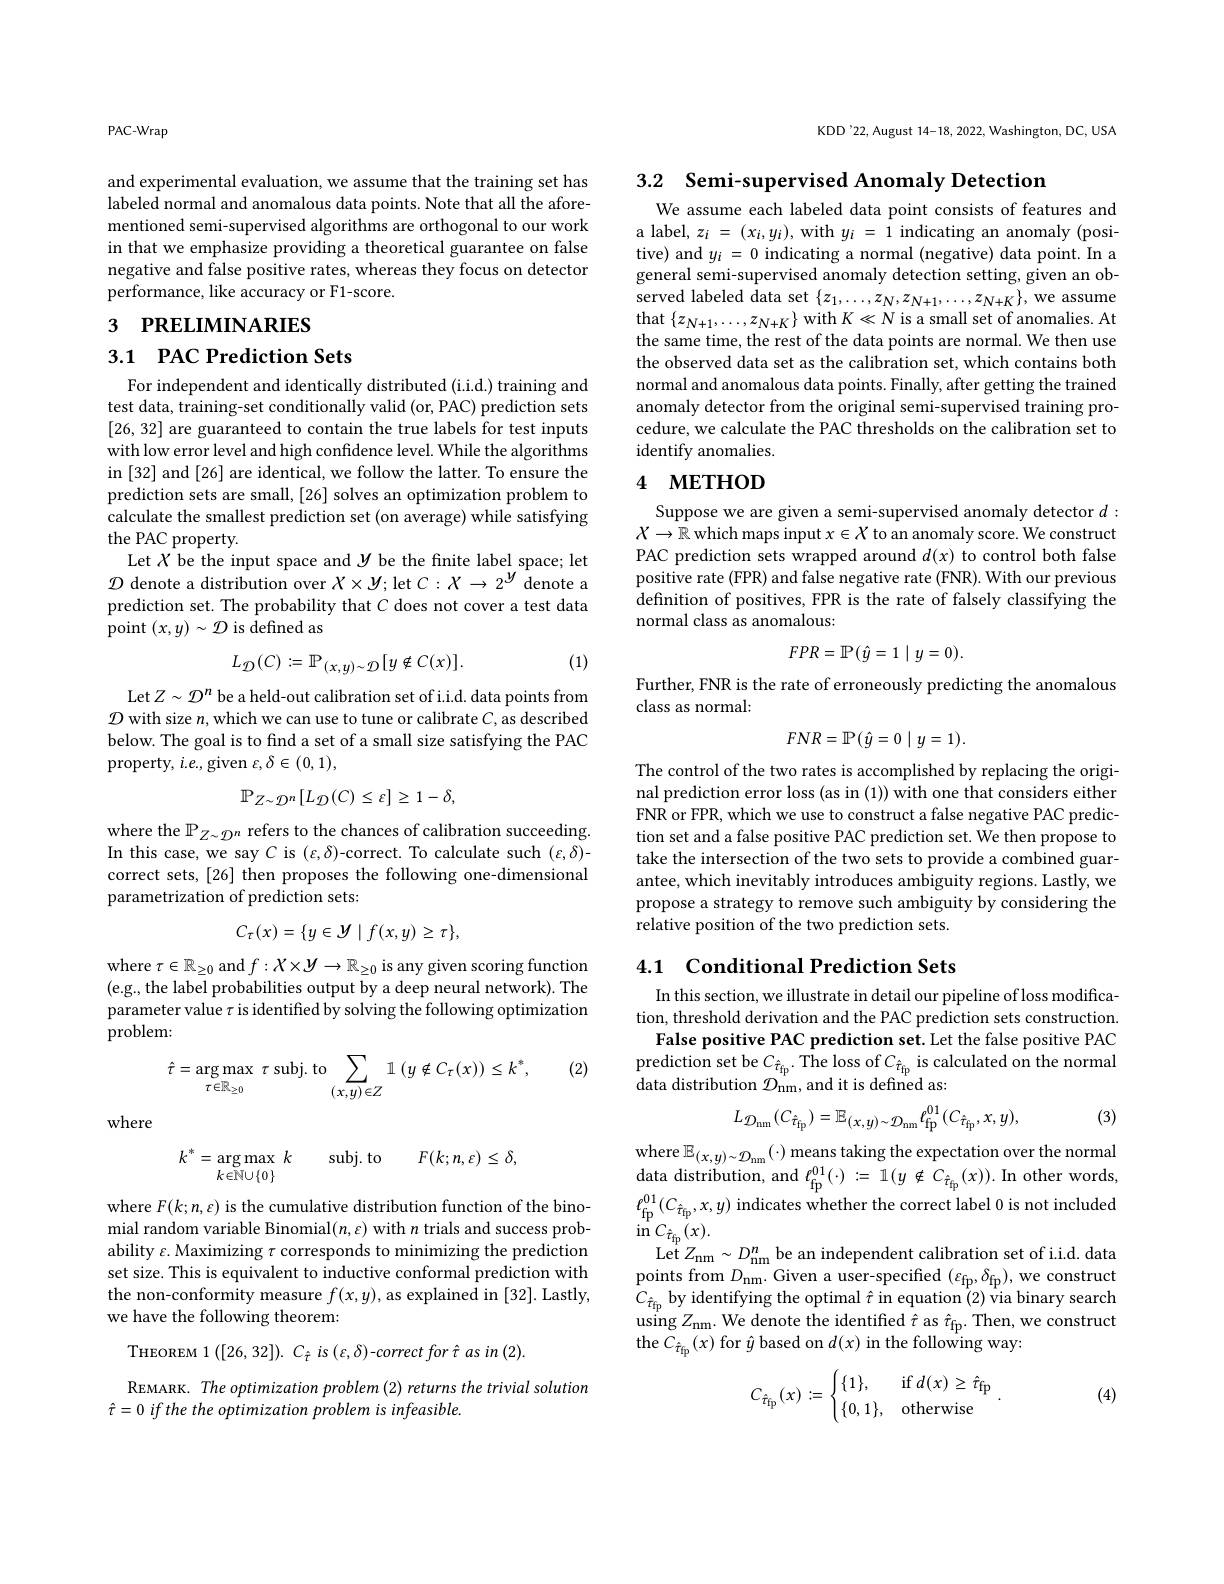
PAC-Wrap

and experimental evaluation, we assume that the training set has labeled normal and anomalous data points. Note that all the aforementioned semi-supervised algorithms are orthogonal to our work in that we emphasize providing a theoretical guarantee on false negative and false positive rates, whereas they focus on detector performance, like accuracy or F1-score.

# 3 PRELIMINARIES

3.1 PAC Prediction Sets

For independent and identically distributed (i.i.d.) training and test data, training-set conditionally valid (or, PAC) prediction sets [26,32] are guaranteed to contain the true labels for test inputs with low error level and high confidence level. While the algorithms in [32] and [26] are identical, we follow the latter. To ensure the prediction sets are small, [26] solves an optimization problem to calculate the smallest prediction set (on average) while satisfying the PAC property.
Let $X$ be the input space and $y$ be the fnite label space; let $\mathcal{D}$ denote a distribution over $X\times Y;$let $C:X\to2^y$ denote a prediction set. The probability that $C$ does not cover a test data point $(x,y)\sim\mathcal{D}$ is defined as

(1)
$$L_{\mathcal{D}}(C):=\mathbb{P}_{(x,y)\sim\mathcal{D}}[y\notin C(x)].$$
Let$Z\sim\mathcal{D}^n$ be a held-out calibration set of i.i.d. data points from $\mathcal{D}$ with size $n$,which we can use to tune or calibrate $C$,as described below. The goal is to find a set of a small size satisfying the PAC property, $i.e.$,given $\varepsilon,\delta\in(0,1)$,
$$\mathbb{P}_{Z\sim\mathcal{D}^{n}}[L_{\mathcal{D}}(C)\leq\varepsilon]\geq1-\delta,$$
where the $\mathbb{P}_{Z\sim\mathcal{D}^{n}}$ refers to the chances of calibration succeeding. In this case, we say C is ($\varepsilon,\delta)$-correct. To calculate such ($\varepsilon,\delta)$- correct sets, [26] then proposes the following one-dimensional parametrization of prediction sets:
$$C_{\tau}(x)=\{y\in\mathcal{Y}\mid f(x,y)\geq\tau\},$$
where $\tau\in\mathbb{R}_{\geq0}$ and $f:X\times\mathcal{Y}\to\mathbb{R}_{\geq0}$ is any given scoring function (e.g., the label probabilities output by a deep neural network). The parameter value $\tau$ is identified by solving the following optimization problem:

(2)
$$\hat{\tau}=\arg\max_{\tau\in\mathbb{R}_{\geq0}}\:\tau\:\mathrm{subj.to}\sum_{(x,y)\in Z}\mathbb{1}\:(y\not\in C_{\tau}(x))\leq k^{*},$$
where
$$k^{*}=\arg\max_{k\in\mathbb{N}\cup\{0\}}k\quad\mathrm{subj.to}\quad F(k;n,\varepsilon)\leq\delta,$$
where $F(k;n,\varepsilon)$ is the cumulative distribution function of the binomial random variable Binomial$(n,\varepsilon)$ with $n$ trials and success probability $\varepsilon$ Maximizing $\tau$ corresponds to minimizing the prediction set size. This is equivalent to inductive conformal prediction with the non-conformity measure $f(x,y)$, as explained in [32]. Lastly, we have the following theorem:

THEOREM 1 $( [ 26, 32] ) . C_{\hat{\tau } }is$ $( \varepsilon , \delta )$-correct for $\hat{\tau }$ $as$ $in$ (2).

REMARK. The optimization problem (2) returns the trivial solution
$\hat{\tau } = 0\textit{ if the the optimization problem is infeasible. }$

KDD'22, August 14-18, 2022, Washington, DC, USA

3.2 Semi-supervised Anomaly Detection

We assume each labeled data point consists of features and a label, $z_i=(x_i,y_i)$, with $y_i=1$ indicating an anomaly (positive) and $y_i=0$ indicating a normal (negative) data point. In a general semi-supervised anomaly detection setting, given an observed labeled data set $\{z_1,\ldots,z_N,z_{N+1},\ldots,z_{N+K}\}$, we assume that $\{z_{N+1},\ldots,z_{N+K}\}$ with $K\ll N$ is a small set of anomalies. At the same time, the rest of the data points are normal. We then use the observed data set as the calibration set, which contains both normal and anomalous data points. Finally, after getting the trained anomaly detector from the original semi-supervised training procedure, we calculate the PAC thresholds on the calibration set to identify anomalies.

# 4 МЕТНОД

Suppose we are given a semi-supervised anomaly detector $d:$ $X\to\mathbb{R}$ which maps input $x\in X$ to an anomaly score. We construct PAC prediction sets wrapped around $d(x)$ to control both false positive rate (FPR) and false negative rate (FNR). With our previous definition of positives, FPR is the rate of falsely classifying the normal class as anomalous:
$$FPR=\mathbb{P}(\hat{y}=1\mid y=0).$$
Further, FNR is the rate of erroneously predicting the anomalous
class as normal:
$$FNR=\mathbb{P}(\hat{y}=0\mid y=1).$$
The control of the two rates is accomplished by replacing the original prediction error loss (as in (1)) with one that considers either FNR or FPR, which we use to construct a false negative PAC prediction set and a false positive PAC prediction set. We then propose to take the intersection of the two sets to provide a combined guarantee, which inevitably introduces ambiguity regions. Lastly, we propose a strategy to remove such ambiguity by considering the relative position of the two prediction sets.

## 4.1 Conditional Prediction Sets

In this section, we illustrate in detail our pipeline of loss modification, threshold derivation and the PAC prediction sets construction.
False positive PAC prediction set. Let the false positive PAC prediction set be $C_{\hat{\tau}_{\mathrm{fp}}}.$ The loss of $C_{\hat{\tau}_\mathrm{fp}}$ is calculated on the normal data distribution $\mathcal{D}_\mathrm{nm}^{\mathrm{r}}$,and it is defined as:

(3)
$$L_{\mathcal D_{\mathrm{nm}}}(C_{\hat{\tau}_{\mathrm{fp}}})=\mathbb{E}_{(x,y)\sim\mathcal D_{\mathrm{nm}}}\ell_{\mathrm{fp}}^{01}(C_{\hat{\tau}_{\mathrm{fp}}},x,y),$$
where $\mathbb{E}_{(x,y)\sim\mathcal{D}_{\mathrm{nm}}}(\cdot)$ means taking the expectation over the normal $\operatorname*{data}\mathop{\mathrm{distribution,~and~}}\ell_{\mathrm{fp}}^{01}(\cdot):=1(y\notin C_{{\hat{\tau}}_{\mathrm{fp}}}(x)).$In other words, $\ell_{\mathrm{fp}}^{01}(C_{\hat{\tau}_{\mathrm{fp}}},x,y)$ indicates whether the correct label 0 is not included $\stackrel{\mathrm{in}}{C_{\hat{\tau}_{\mathrm{fp}}}(x).}$
$\operatorname*{Let}Z_{\mathrm{nm}}\sim D_{\mathrm{nm}}^{n}$be an independent calibration set of i.i.d. data points from $D_\mathrm{nm}$.Given a user-specified $(\varepsilon_\mathrm{fp},\delta_\mathrm{fp})$,we construct $C_{\hat{\tau}_{\mathrm{fp}}}$ by identifying the optimal $\hat{\tau}$ in equation (2) via binary search using $Z_{\mathrm{nm}}.$ We denote the identified $\hat{\tau}$ as $\hat{\tau}_{\mathrm{fp}}.$ Then, we construct the $\dot{C}_{\hat{\tau}}_{\mathrm{fp}}(x)$ for $\hat{y}$ based on $d(x)$ in the following way:

(4)
$$C_{\hat{\tau}_{\mathrm{fp}}}(x):=\begin{cases}\{1\},&\mathrm{if}\:d(x)\geq\hat{\tau}_{\mathrm{fp}}\\\{0,1\},&\mathrm{otherwise}\end{cases}.$$